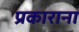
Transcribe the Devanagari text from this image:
प्रकाराना